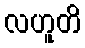
လဟူတိ